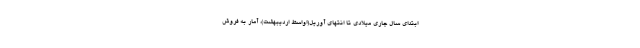
ابتدای سال جاری میلادی تا انتهای آوریل(اواسط اردیبهشت)، آمار به فروش